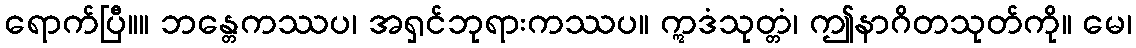
ရောက်ပြီ။။ ဘန္တေကဿပ၊ အရှင်ဘုရားကဿပ။ ဣဒံသုတ္တံ၊ ဤနာဂိတသုတ်ကို။ မေ၊